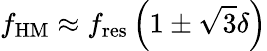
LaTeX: f_{\mathrm{HM}}\approx f_{\mathrm{res}}\left(1\pm\sqrt{3}\delta\right)